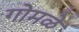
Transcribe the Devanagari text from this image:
गोमळे